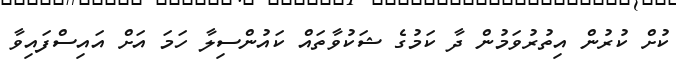
ކުށް ކުރުން އިތުރުވަމުން ދާ ކަމުގެ ޝަކުވާތައް ކައުންސިލާ ހަމަ އަށް އައިސްފައިވާ